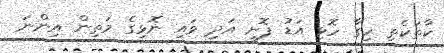
ކާތަކެތި ހިގާ ހޮޅި އަޑު ފޮށި އަދި ވައި ނޮޅިގެ މަތިން އިންނަ